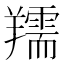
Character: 羺